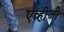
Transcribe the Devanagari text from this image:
एव्ही़जी